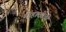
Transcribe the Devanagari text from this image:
मोहालीची